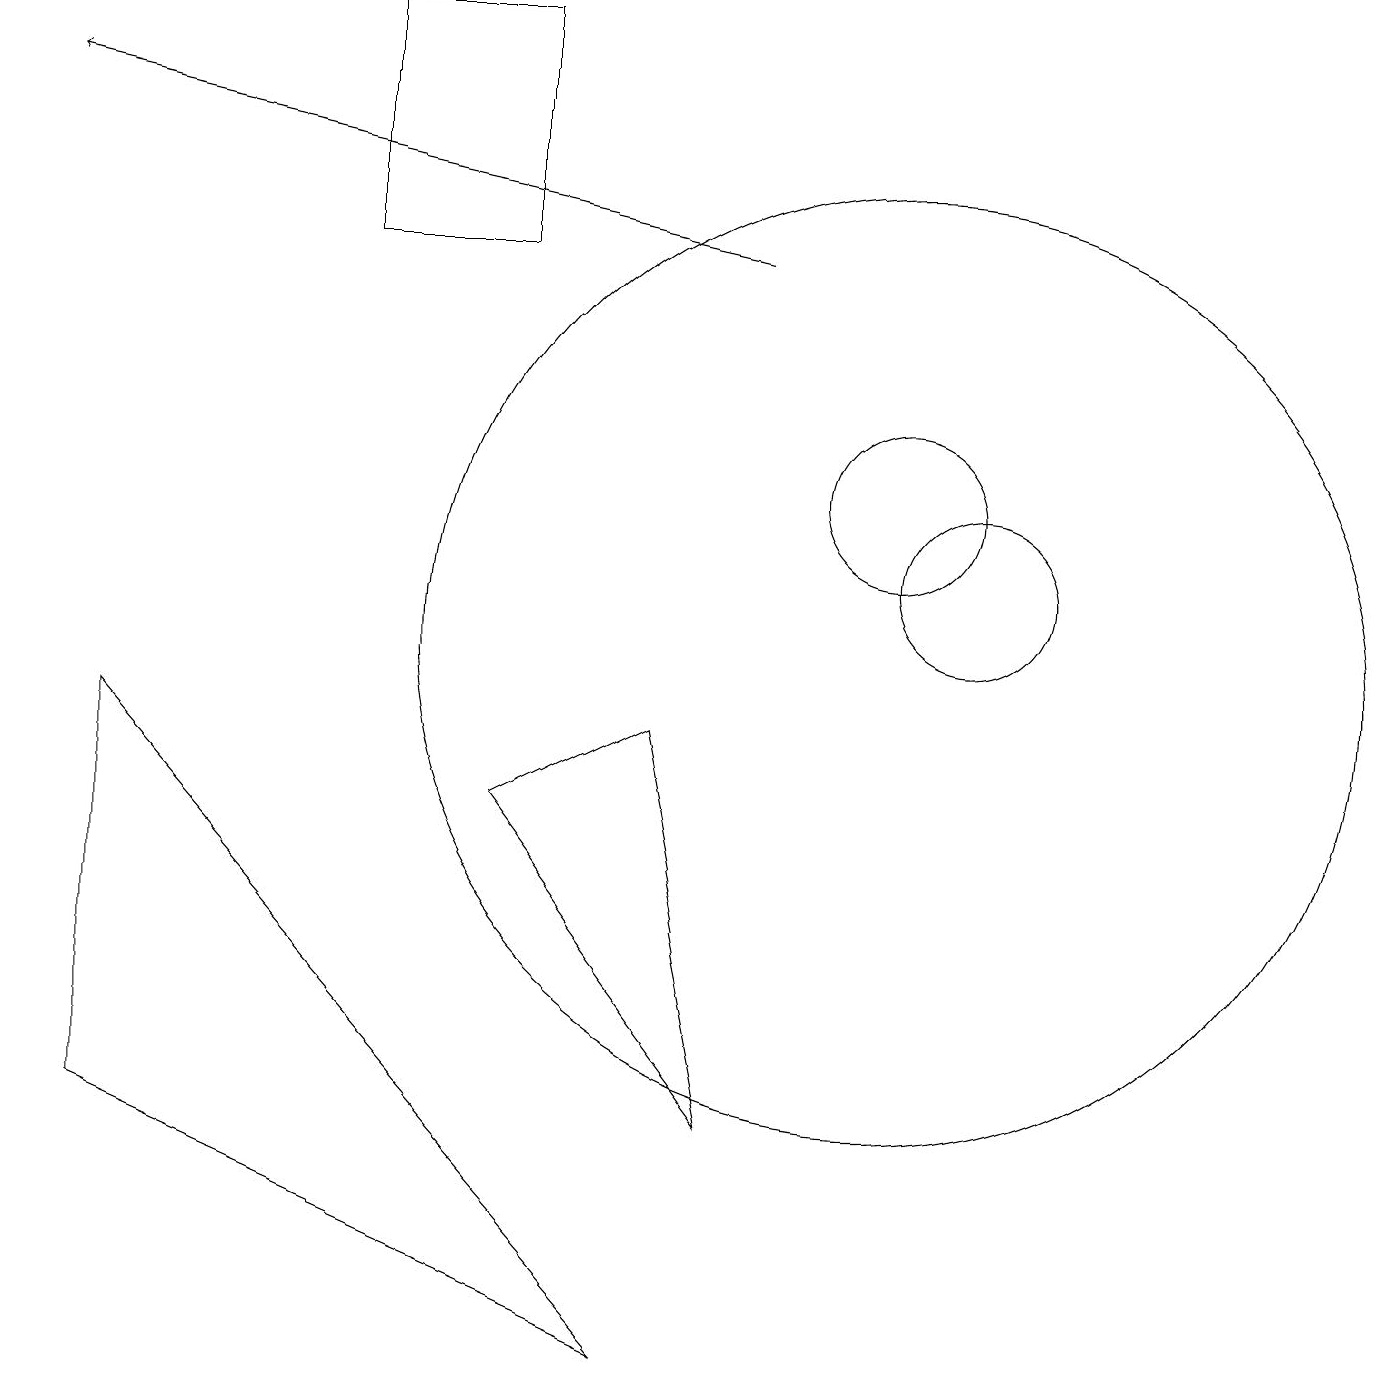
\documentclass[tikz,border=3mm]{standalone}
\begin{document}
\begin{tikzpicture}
\draw (11,10) circle (6);
\draw (12,11) circle (1);
\draw (6,8) -- (9,4) -- (8,9) -- cycle;
\draw (1,4) -- (1,9) -- (8,1) -- cycle;
\draw[->] (9,15) -- (0,17);
\draw (4,18) rectangle (6,15);
\draw (11,12) circle (1);
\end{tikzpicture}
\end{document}